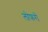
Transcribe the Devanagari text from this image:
लोफरों